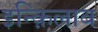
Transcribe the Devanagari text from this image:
इन्क़िलाब